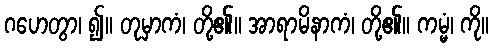
ဂဟေတွာ၊ ၍။ တုမှာကံ၊ တို့၏။ အာရာမိနာကံ၊ တို့၏။ ကမ္မံ၊ ကို။